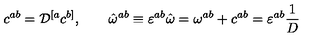
c ^ { a b } = { \cal D } ^ { [ a } c ^ { b ] } , \quad \quad \hat { \omega } ^ { a b } \equiv \varepsilon ^ { a b } \hat { \omega } = \omega ^ { a b } + c ^ { a b } = \varepsilon ^ { a b } { \frac { 1 } { D } }